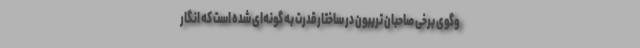
وگوی برخی صاحبان تریبون در ساختار قدرت به گونه‌ای شده است که انگار